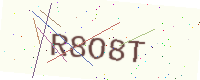
Text: R8O8T